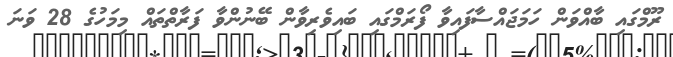
ރޫމްގައި ބާއްވަން ހަމަޖައްސާފައިވާ ފޯރަމްގައި ބައިވެރިވާން ބޭނުންވާ ފަރާތްތައް މިމަހުގެ 28 ވަނަ